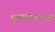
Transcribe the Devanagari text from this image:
भूमापनाच्या